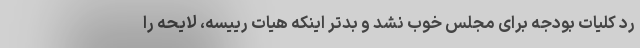
رد کلیات بودجه برای مجلس خوب نشد و بدتر اینکه هیات رییسه، لایحه را